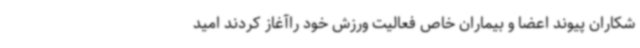
شکاران پیوند اعضا و بیماران خاص فعالیت ورزش خود راآغاز کردند امید